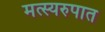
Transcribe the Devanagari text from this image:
मत्स्यरुपात